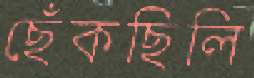
ছেঁকছিলি